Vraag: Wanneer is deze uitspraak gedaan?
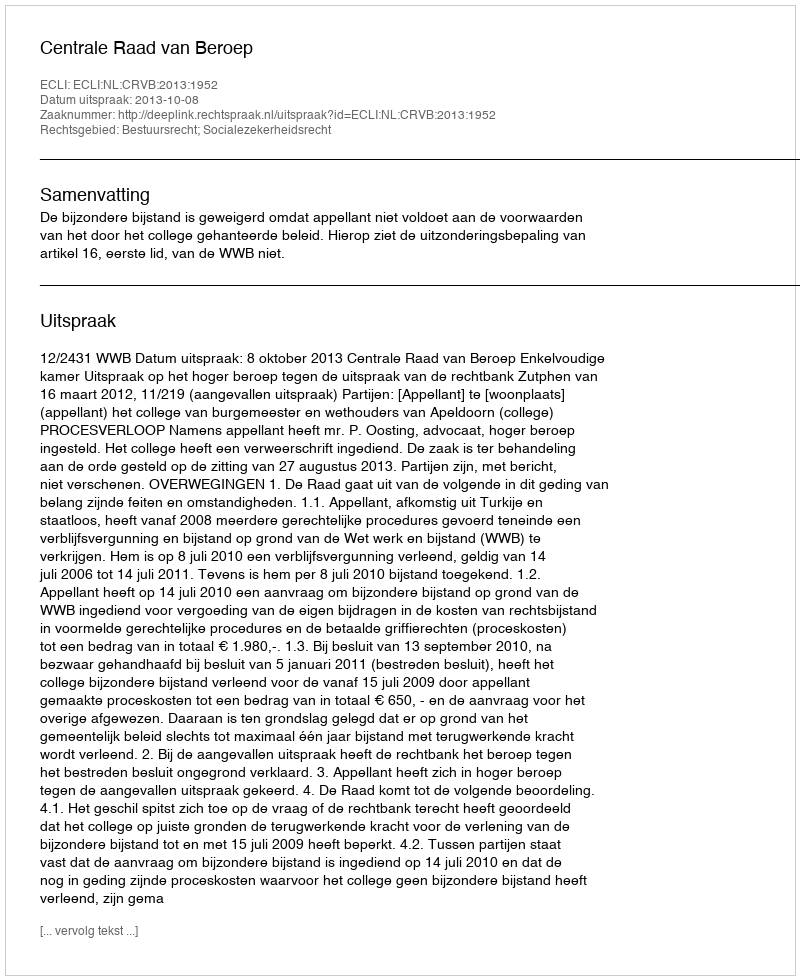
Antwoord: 2013-10-08